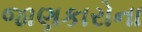
જાણકારોના